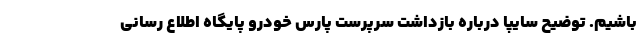
باشیم. توضیح سایپا درباره بازداشت سرپرست پارس خودرو پایگاه اطلاع رسانی